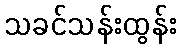
သခင်သန်းထွန်း